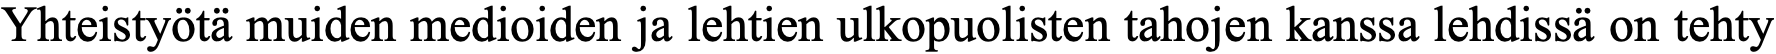
Yhteistyötä muiden medioiden ja lehtien ulkopuolisten tahojen kanssa lehdissä on tehty